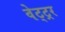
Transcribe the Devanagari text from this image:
वेट्ट्रर